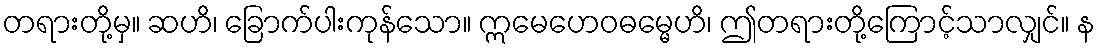
တရားတို့မှ။ ဆဟိ၊ ခြောက်ပါးကုန်သော။ ဣမေဟေဝဓမ္မေဟိ၊ ဤတရားတို့ကြောင့်သာလျှင်။ န